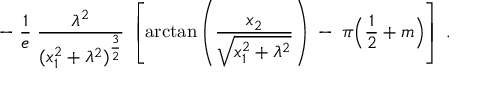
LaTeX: - \; \frac { 1 } { e } \; \frac { \lambda ^ { 2 } } { ( x _ { 1 } ^ { 2 } + \lambda ^ { 2 } ) ^ { \frac { 3 } { 2 } } } \; \left[ \mathrm { a r c t a n } \left( \frac { x _ { 2 } } { \sqrt { x _ { 1 } ^ { 2 } + \lambda ^ { 2 } } } \right) \; - \; \pi \Big ( \frac { 1 } { 2 } + m \Big ) \right] \; .